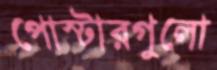
পোস্টারগুলো